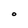
Character: 0